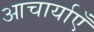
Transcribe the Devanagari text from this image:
आचार्याएँ